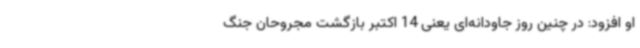
او افزود: در چنین روز جاودانه‌ای یعنی 14 اکتبر بازگشت مجروحان جنگ